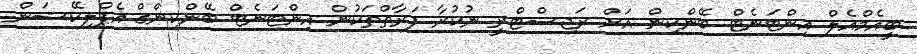
ބީއެމްއެލް އިންޓަނެޓް ބޭންކިން އަށް ރަޖިސްޓްރީ ނުކުރާ ފަރާތްތަކުން އިންޓަނެޓް ބޭންކިންގް އެޕްލިކޭޝަން